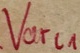
Text: Varl1